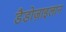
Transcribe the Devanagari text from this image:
डैडोज़ाइलान